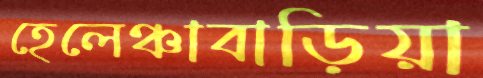
হেলেঞ্চাবাড়িয়া